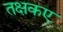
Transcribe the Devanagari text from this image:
तक्षकए